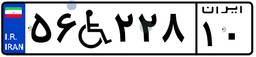
۵۶W۲۲۸۱۰